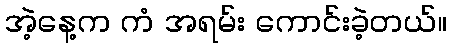
အဲ့နေ့က ကံ အရမ်း ကောင်းခဲ့တယ်။